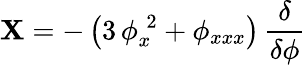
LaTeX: {\mathbf X}=-\left(3\, \phi_{x}^{\; 2}+\phi_{xxx}\right)\, \frac{\delta}{\delta\phi}